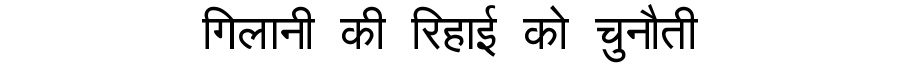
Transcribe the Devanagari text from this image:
गिलानी की रिहाई को चुनौती